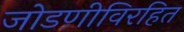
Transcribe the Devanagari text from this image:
जोडणीविरहित